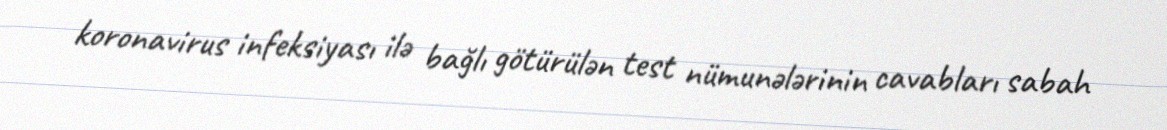
koronavirus infeksiyası ilə bağlı götürülən test nümunələrinin cavabları sabah